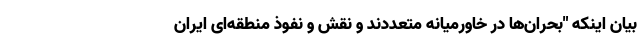
بیان اینکه "بحران‌ها در خاورمیانه متعددند و نقش و نفوذ منطقه‌ای ایران